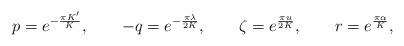
LaTeX: \begin{align*} p = e^{-\frac{\pi K'}{K}}, \qquad -q = e^{-\frac{\pi\lambda}{2K}}, \qquad \zeta = e^{\frac{\pi u}{2K}}, \qquad r = e^{\frac{\pi\alpha}{K}},\end{align*}